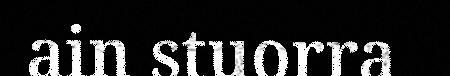
ain stuorra